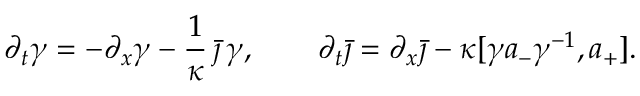
\partial _ { t } \gamma = - \partial _ { x } \gamma - \frac { 1 } { \kappa } \, \bar { \jmath } \, \gamma , \qquad \partial _ { t } \bar { \jmath } = \partial _ { x } \bar { \jmath } - \kappa [ \gamma a _ { - } \gamma ^ { - 1 } , a _ { + } ] .